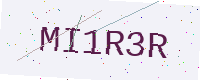
Text: MI1R3R